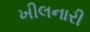
ખીલનારી